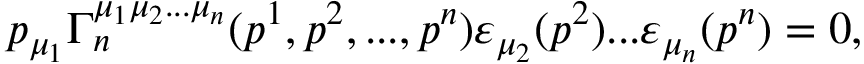
p _ { \mu _ { 1 } } \Gamma _ { n } ^ { \mu _ { 1 } \mu _ { 2 } . . . \mu _ { n } } ( p ^ { 1 } , p ^ { 2 } , . . . , p ^ { n } ) \varepsilon _ { \mu _ { 2 } } ( p ^ { 2 } ) . . . \varepsilon _ { \mu _ { n } } ( p ^ { n } ) = 0 ,